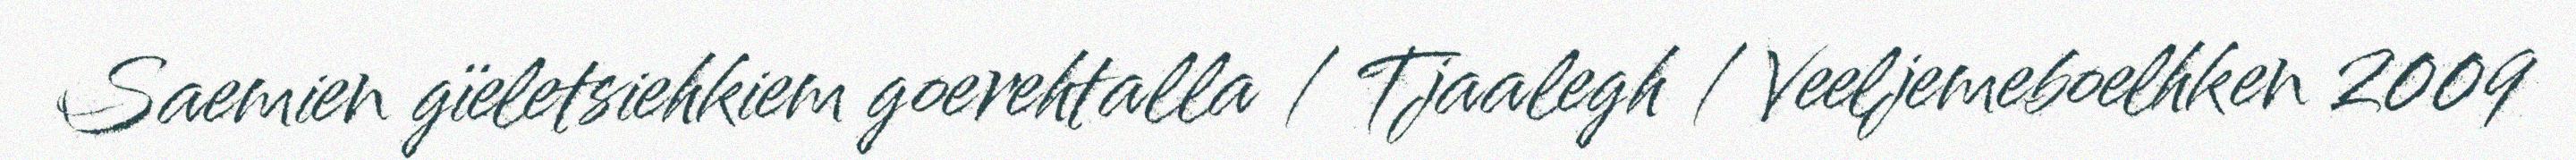
Saemien gïeletsiehkiem goerehtalla / Tjaalegh / Veeljemeboelhken 2009